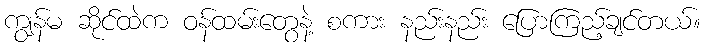
ကျွန်မ ဆိုင်ထဲက ဝန်ထမ်းတွေနဲ့ စကား နည်းနည်း ပြောကြည့်ချင်တယ်။